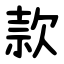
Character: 款